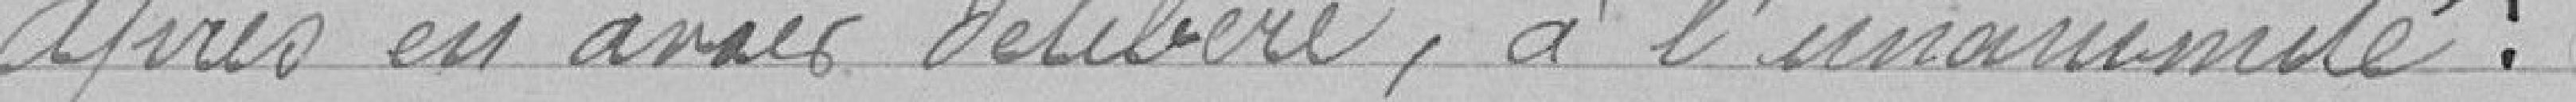
Après en avoir délibéré, à l'unanimité :